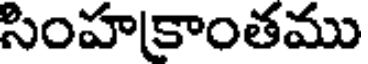
సింహకాంతము